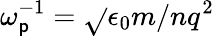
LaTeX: \omega_{\mathsf{p}}^{-1}=\sqrt{}{{\epsilon_{0}m/nq^{2}}}